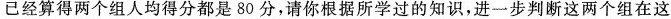
已经算得两个组人均得分都是80分，请你根据所学过的知识，进一步判断这两个组在这